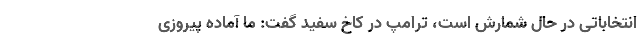
انتخاباتی در حال شمارش است، ترامپ در کاخ سفید گفت: ما آماده پیروزی